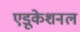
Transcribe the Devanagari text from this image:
एडूकेशनल